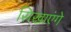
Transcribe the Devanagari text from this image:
सिखाएंगे